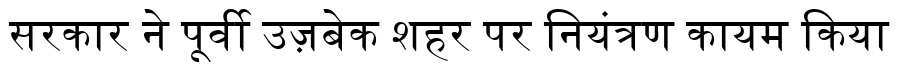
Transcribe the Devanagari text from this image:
सरकार ने पूर्वी उज़बेक शहर पर नियंत्रण कायम किया